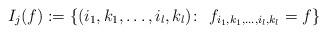
LaTeX: \begin{align*}I_j(f):=\{(i_1,k_1,\ldots,i_l,k_l)\colon\ f_{i_1,k_1,\ldots,i_l,k_l}=f\}\end{align*}